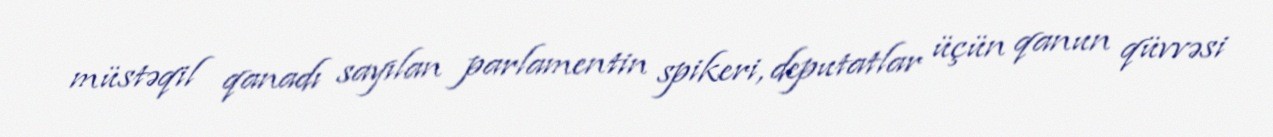
müstəqil qanadı sayılan parlamentin spikeri, deputatlar üçün qanun qüvvəsi